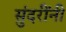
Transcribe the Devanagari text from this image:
सुंदरींनी